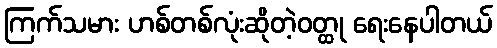
ကြက်သမား ဟစ်တစ်လုံးဆိုတဲ့ဝတ္ထု ရေးနေပါတယ်